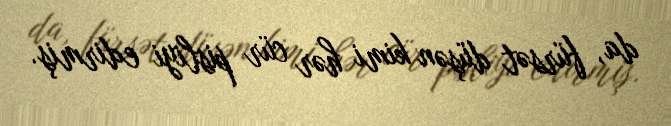
da, fürsət düşən kimi hər cür pisliyi edirmiş.